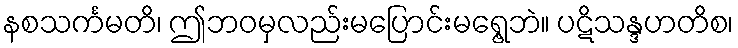
နစသင်္ကမတိ၊ ဤဘဝမှလည်းမပြောင်းမရွေ့ဘဲ။ ပဋိသန္ဒဟတိစ၊